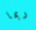
ربما